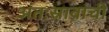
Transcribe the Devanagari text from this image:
अंतःस्रावांची